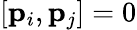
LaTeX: [{\mathbf{p}}_{i},{\mathbf{p}}_{j}]=0